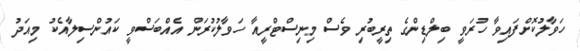
ހަވާލުކޮށްފައިވާ ހުރަވީ ބިލްޑިންގެ ތިރީބުރި ވެސް މިނިސްޓްރީއާ ހަވާލުކުރަން އެއްބަސްވީ ކައުންސިލާއެކު މިއަދު